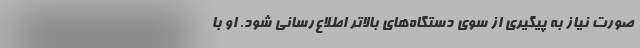
صورت نیاز به پیگیری از سوی دستگاه‌های بالاتر اطلاع‌رسانی شود. او با